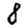
Digit: 8